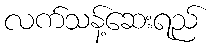
လက်သန့်ဆေးရည်